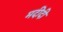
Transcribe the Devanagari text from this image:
मदीदी